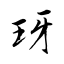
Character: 玡